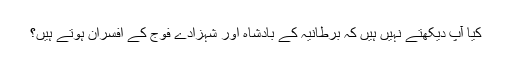
کیا آپ دیکھتے نہیں ہیں کہ برطانیہ کے بادشاہ اور شہزادے فوج کے افسران ہوتے ہیں؟